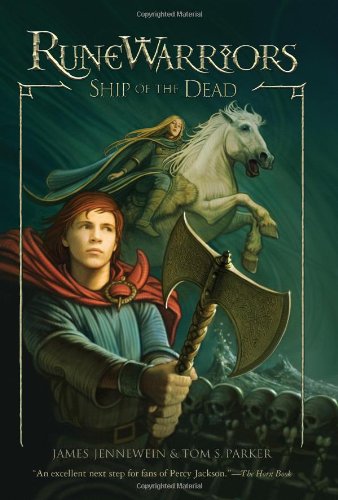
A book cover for RuneWarriors: Ship of the Dead; James Jennewein; Children's Books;